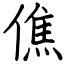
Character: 僬